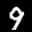
Label: 9